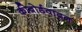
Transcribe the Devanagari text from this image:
कीबोर्डवादन